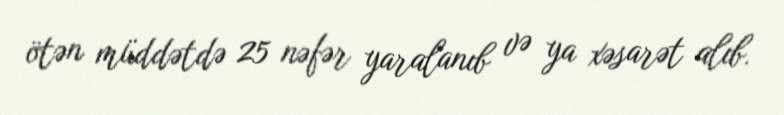
ötən müddətdə 25 nəfər yaralanıb və ya xəsarət alıb.